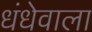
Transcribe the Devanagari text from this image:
धंधेवाला